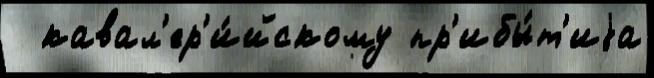
  кавал'ер'и́йскому пр'ибы́т'иjа